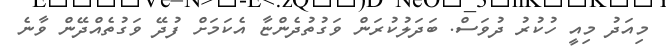
މިއަދު މިއީ ހުކުރު ދުވަސް. ބަދަލުކުރަން ވަގުތުދެންޏާ އެކަމަށް ފުދޭ ވަގުތެއްދޭން ވާނެ